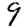
Digit: 9